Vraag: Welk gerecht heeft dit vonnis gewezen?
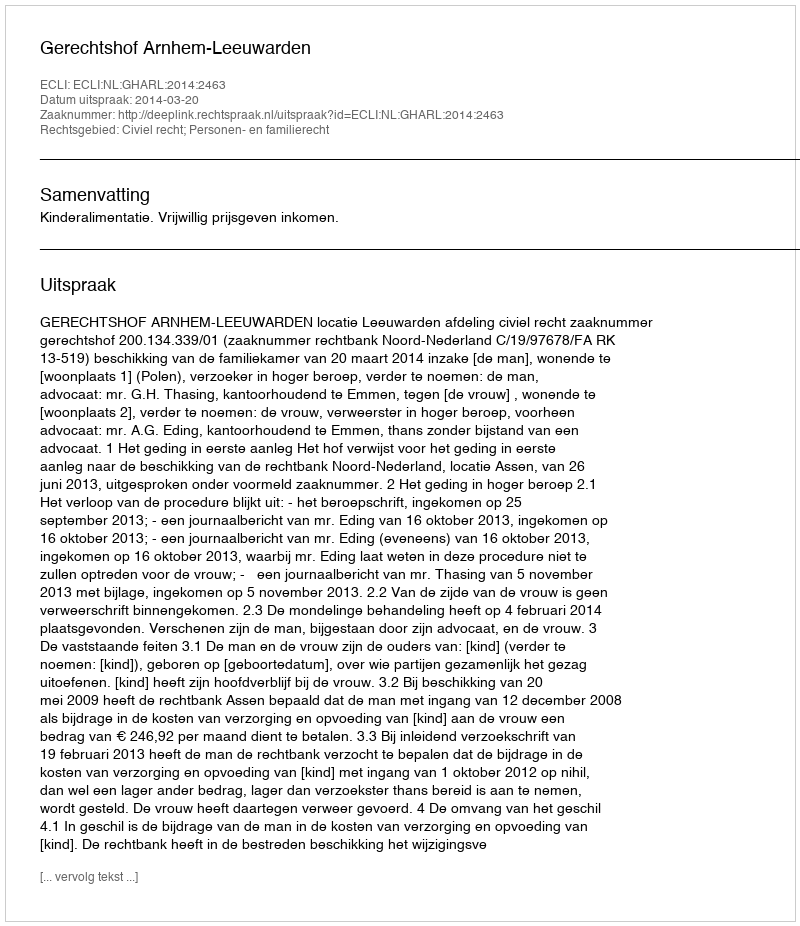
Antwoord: Gerechtshof Arnhem-Leeuwarden